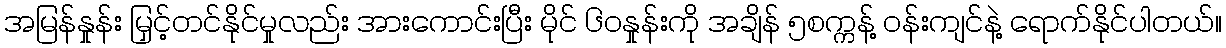
အမြန်နှုန်း မြှင့်တင်နိုင်မှုလည်း အားကောင်းပြီး မိုင် ၆၀နှုန်းကို အချိန် ၅စက္ကန့် ၀န်းကျင်နဲ့ ရောက်နိုင်ပါတယ်။